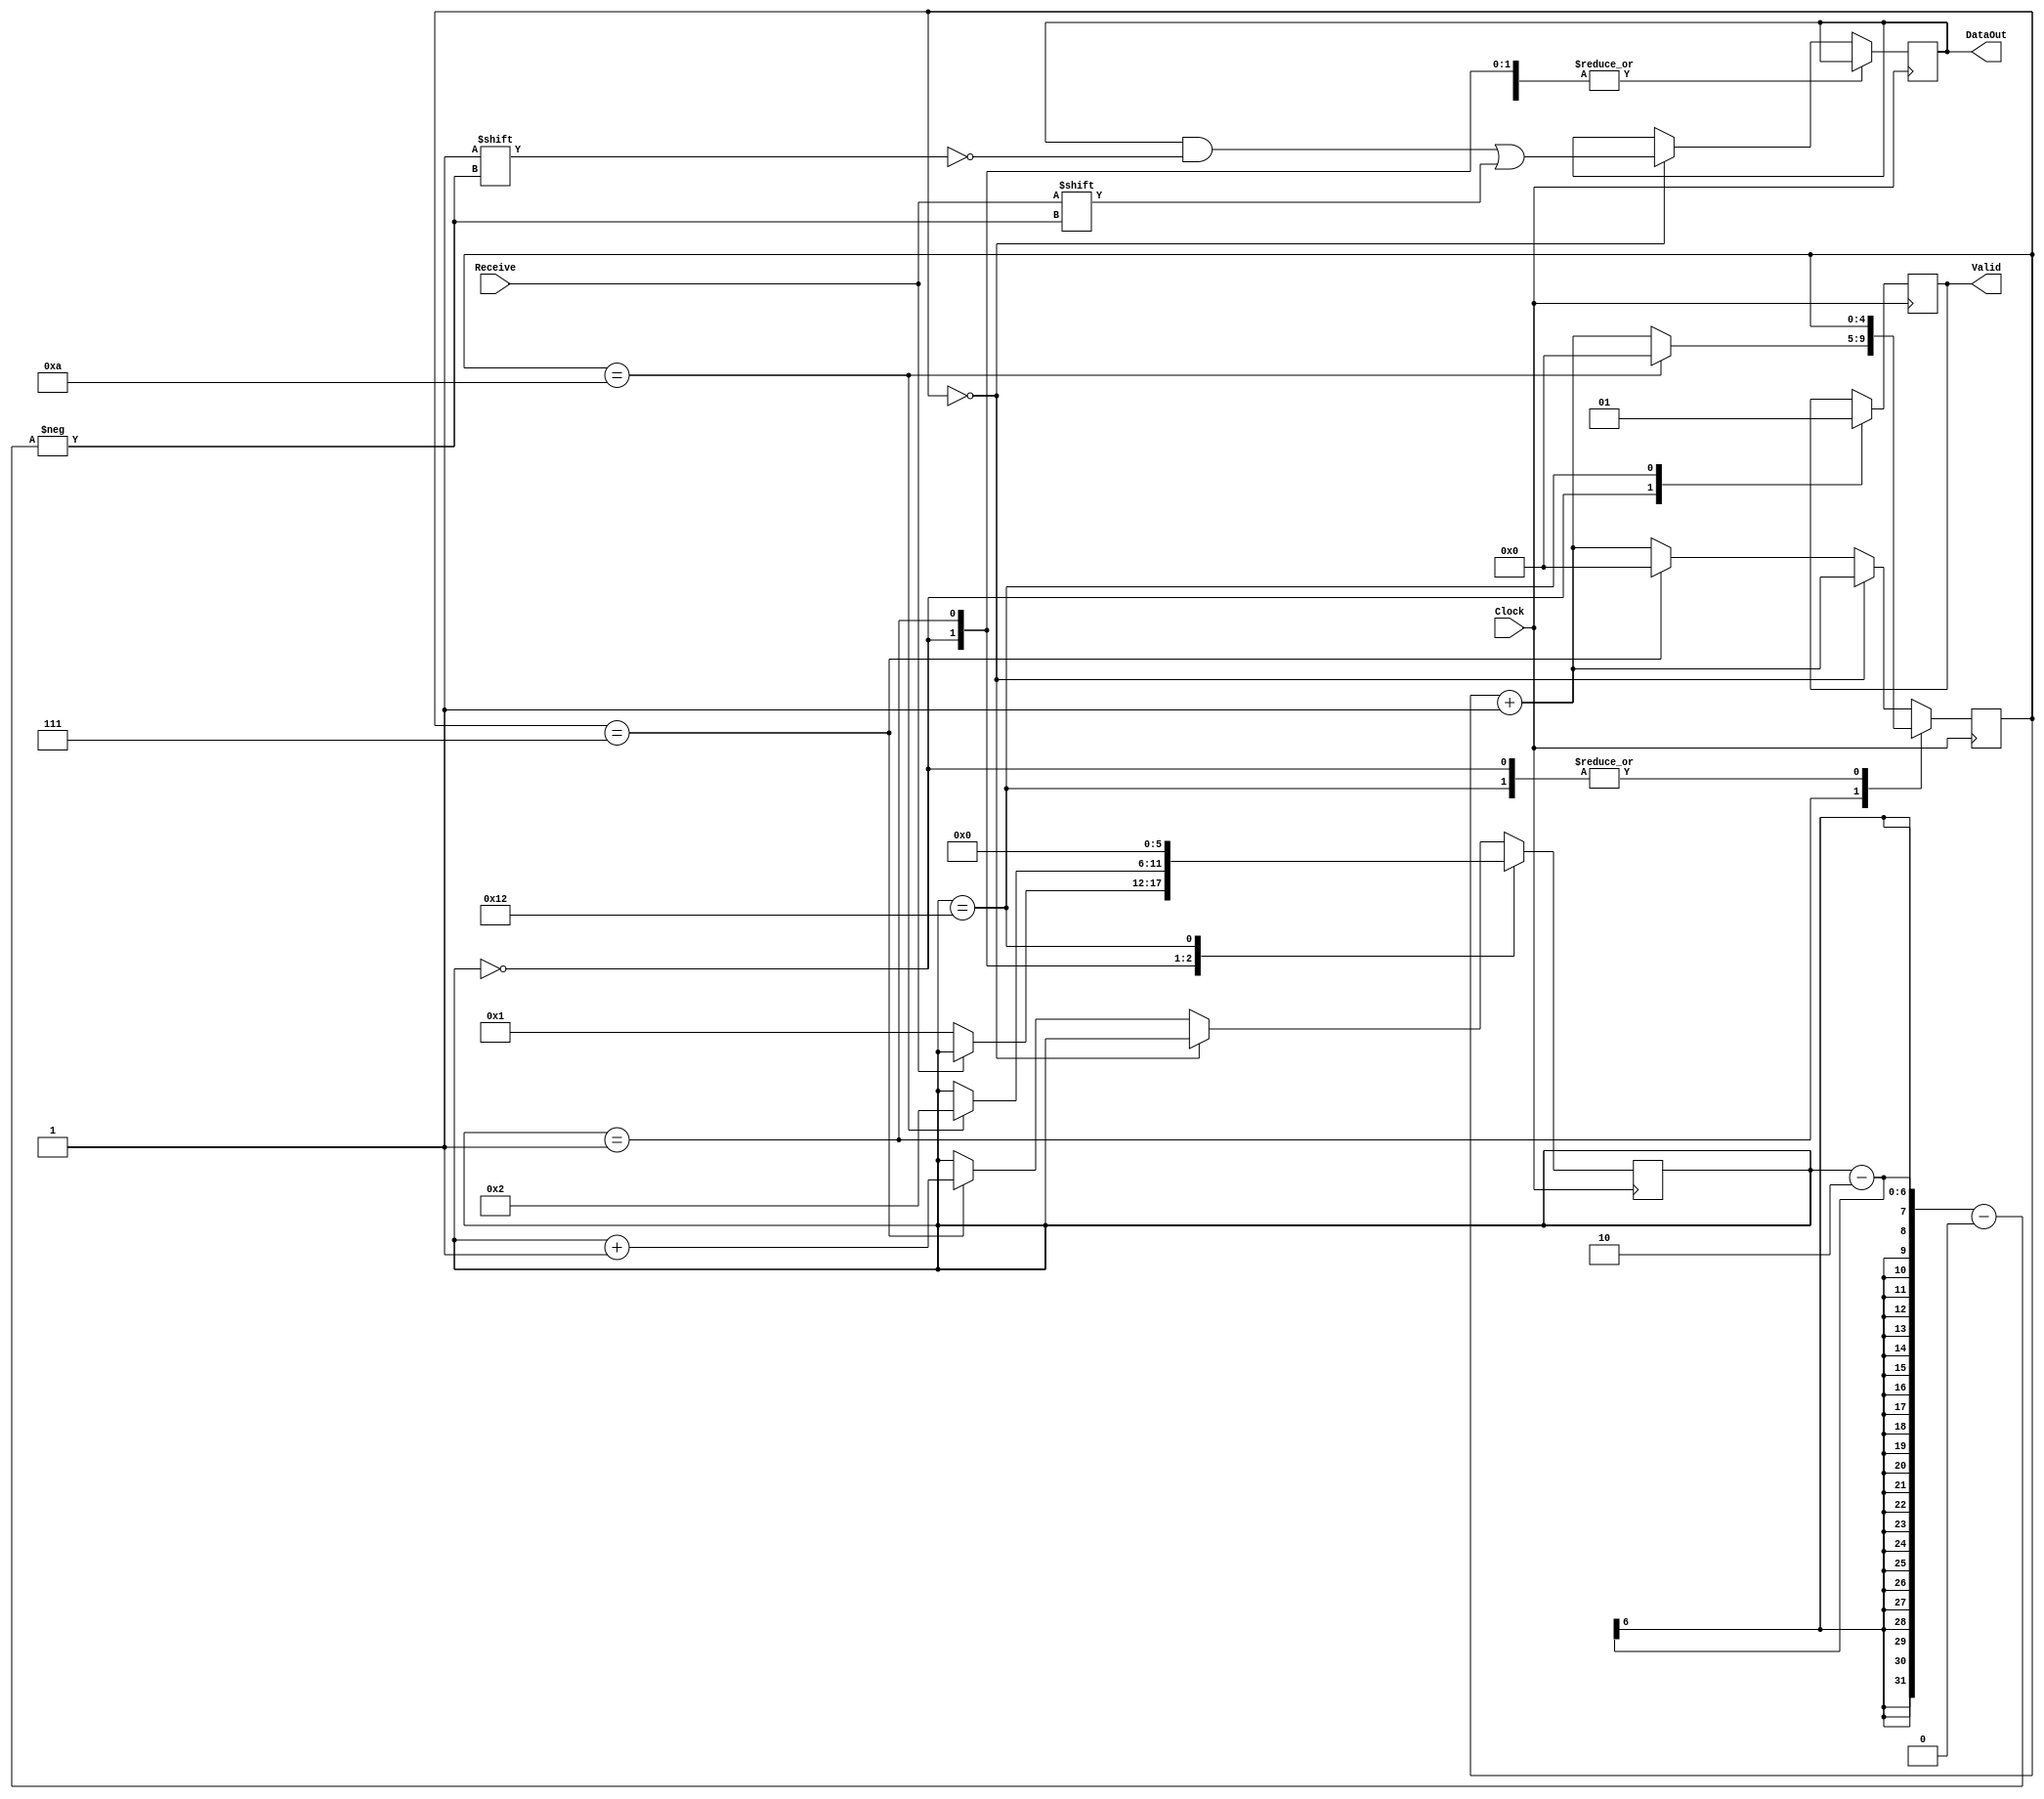
`timescale 1ns / 1ps
//////////////////////////////////////////////////////////////////////////////////
// Company: 
// Engineer: 
// 
// Design Name: 
// Module Name:    SerialReceive 
// Project Name: 
// Target Devices: 
// Tool versions: 
// Description: 
//
// Dependencies: 
//
// Revision: 
// Revision 0.01 - File Created
// Additional Comments: 
//
//////////////////////////////////////////////////////////////////////////////////
module SerialReceive(
    input Clock,
    input Receive,
    output reg Valid,
    output reg [15:0] DataOut
    );
	 
	 reg [4:0] counter;
	 reg [5:0] state;	
	 
	 initial
	 begin
		DataOut <= 16'h0000;
		state <= 5'h00;
		Valid <= 0;
		counter <= 0;
	 end
	 
	 always@(posedge Clock)
	 begin
		case (state)
			0:
				begin
					Valid <= 0;
					if(Receive == 0)
						state <= 1;
				end
			1:
				begin
					if(counter == 10)
						begin
							state <= 2;
							counter <= 0;
						end
					else
						counter <= counter + 1;
				end
			18:
				begin
					state <= 0;
					Valid <= 1;
				end
			default:
				begin
					if (counter == 0)
						begin
							DataOut[state - 2] <= Receive;
							counter <= counter + 1;
						end
					else
						begin
							if (counter == 7)
								begin
									counter <= 0;
									state <= state + 1;
								end
							else
								counter <= counter + 1;
						end
				end		
		endcase
	 end

endmodule